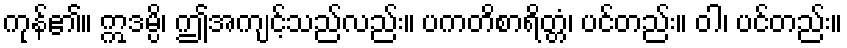
ကုန်၏။ ဣဒမ္ပိ၊ ဤအကျင့်သည်လည်း။ ပကတိစာရိတ္တံ၊ ပင်တည်း။ ဝါ၊ ပင်တည်း။